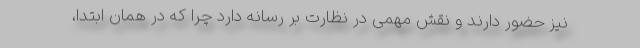
نیز حضور دارند و نقش مهمی در نظارت بر رسانه دارد چرا که در همان ابتدا،